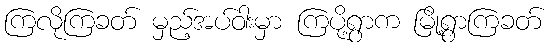
ကြလိုကြခတ် မှည့်အပ်ဝါးမှာ ကြပို့ရွာက မြို့ရွာကြခတ်